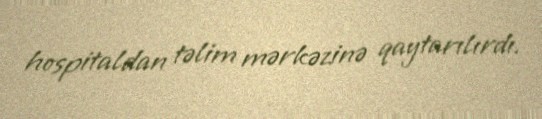
hospitaldan təlim mərkəzinə qaytarılırdı.